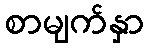
စာမျက်နှာ